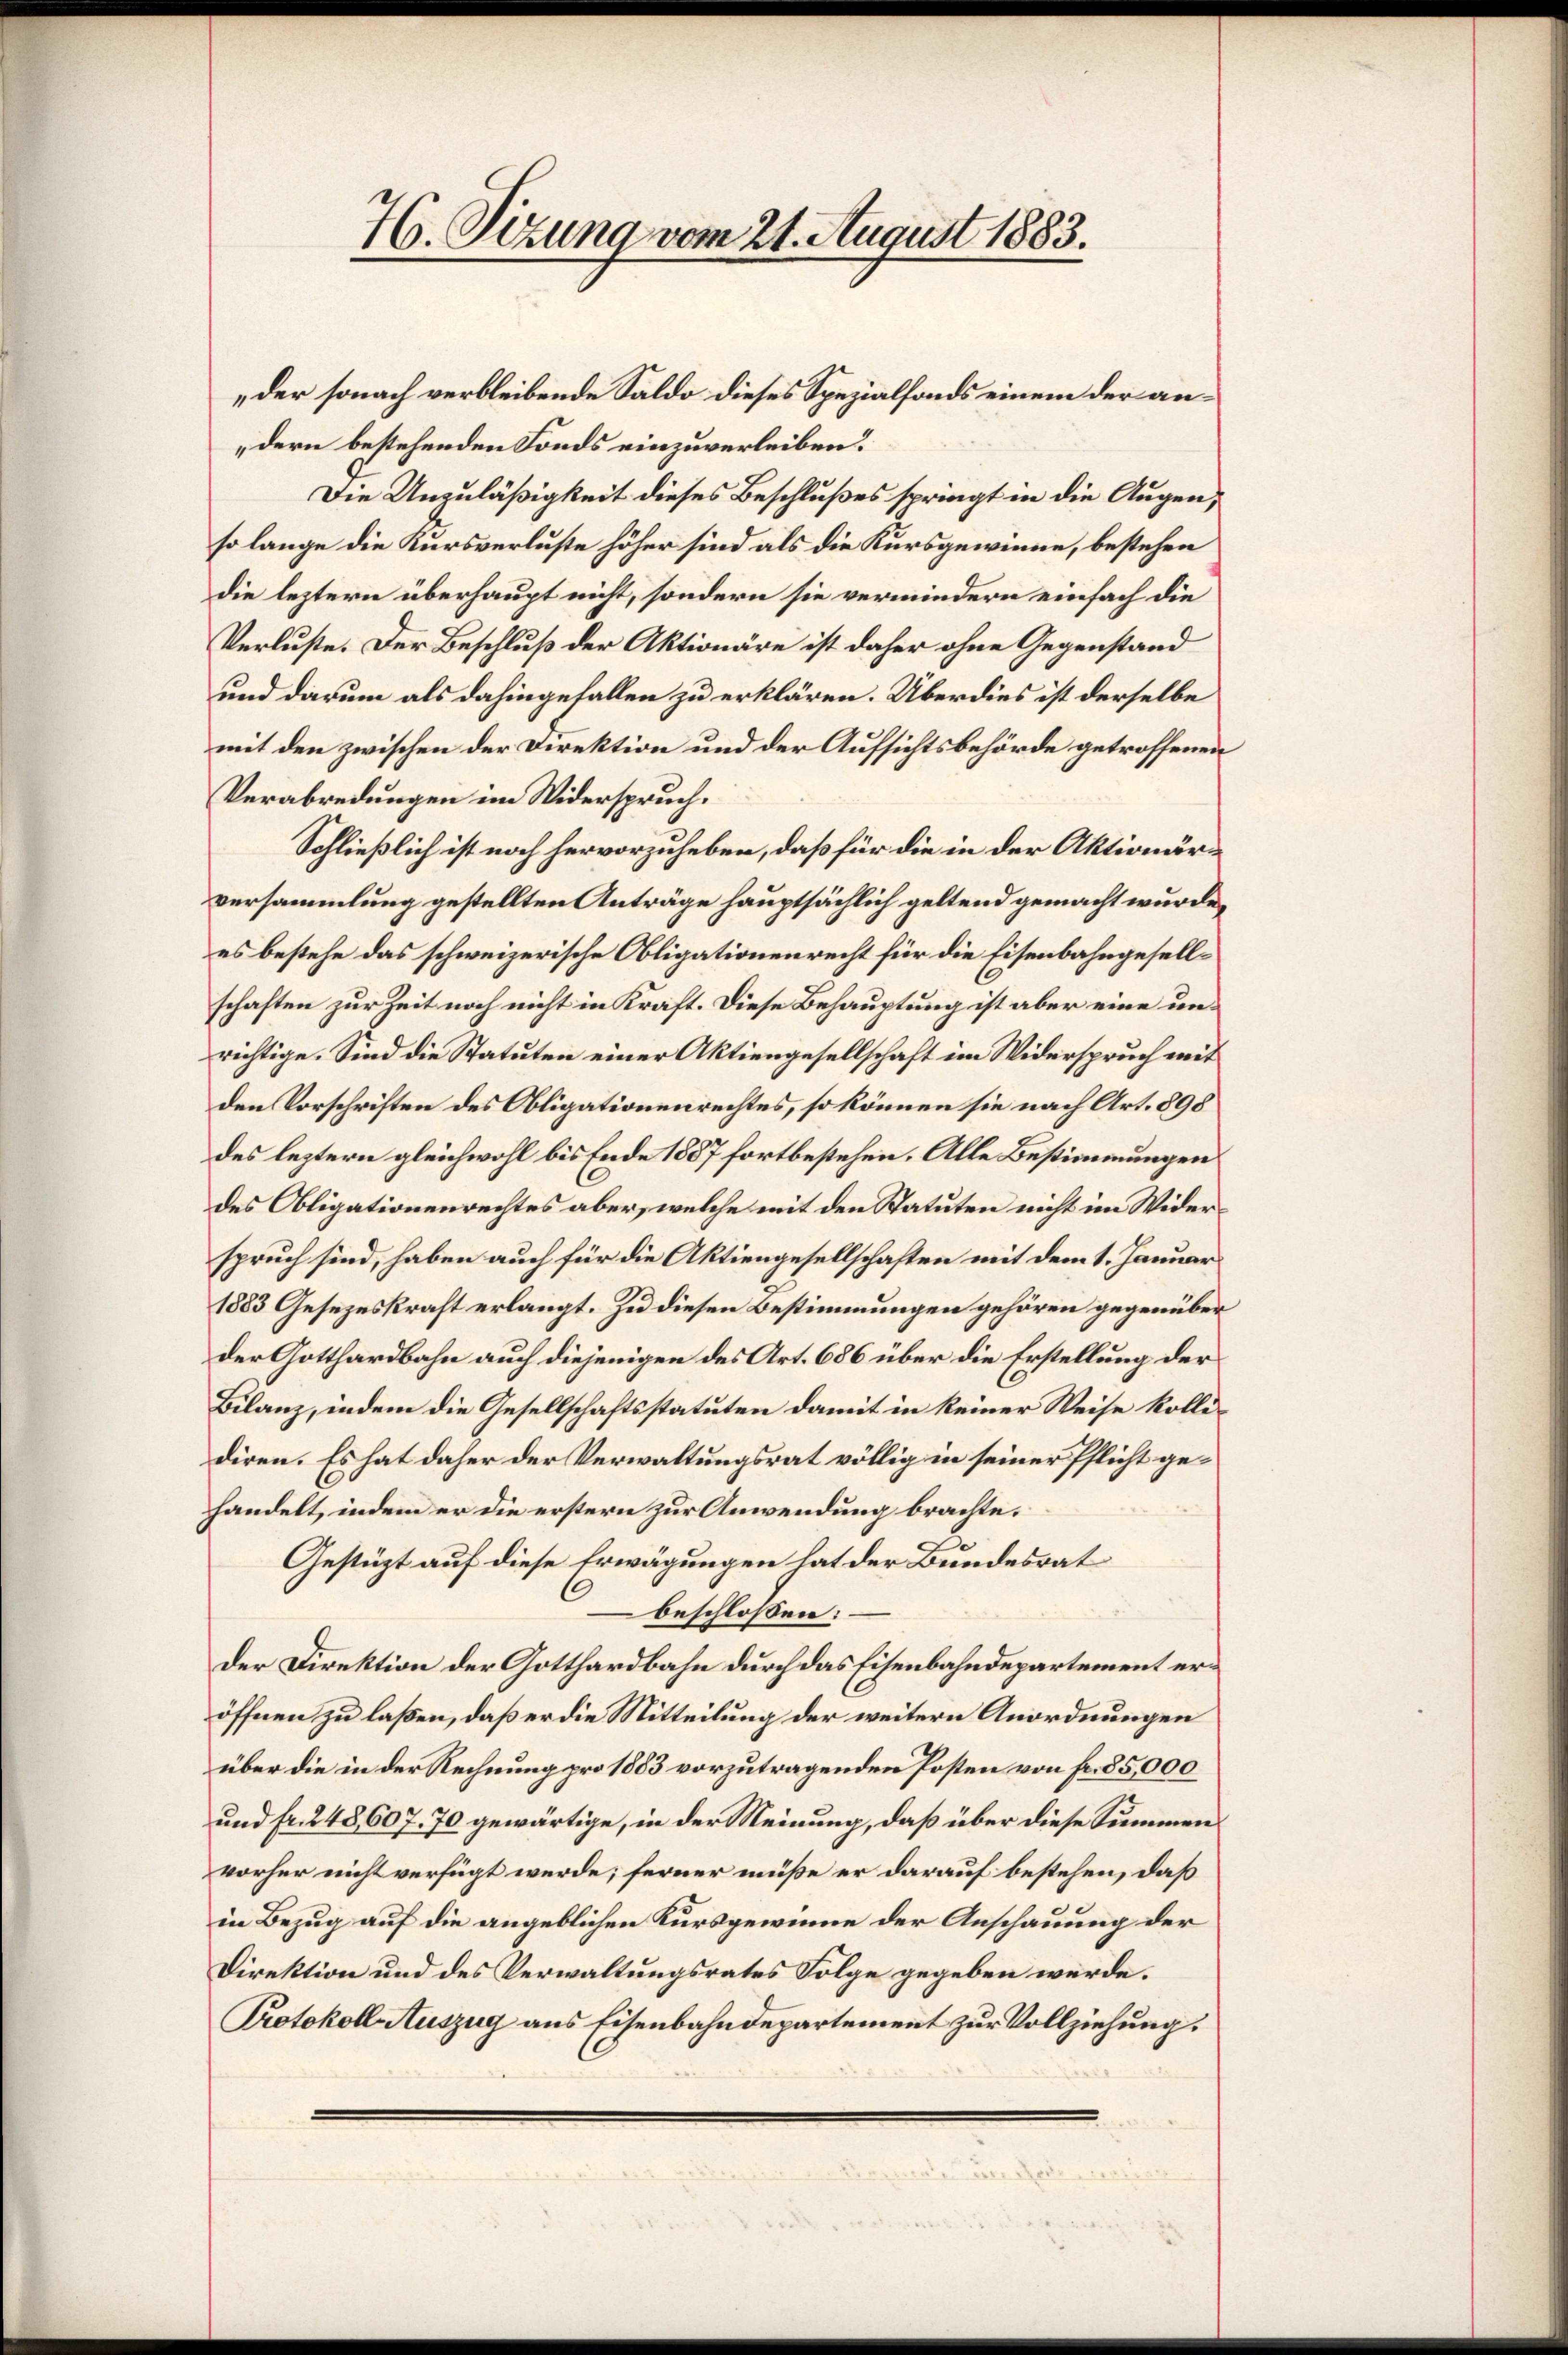
46. Sizung vom 21. August 1883.

„der sonach verbleibende Saldo dieses Spezialfonds einem der andern bestehenden Fonds einzuverleiben?
Die Unzuläßigkeit dieses Beschlußes springt in die Augen,
so lange die Kursverluste höher sind als die Kursgewinne, bestehen
die leztern überhaupt nicht, sondern sie vermindern einfach die
Verluste. Der Beschluß der Aktionäre ist daher ohne Gegenstand
und darum als dahingefallen zu erklären. Über dies ist derselbe
mit den zwischen der Direktion und der Aufsichtsbehörde getroffenen
Verabredungen im Widerspruch.
Schließlich ist noch hervorzuheben, daß für die in der Aktionärversammlung gestellten Anträge hauptsächlich geltend gemacht wurde,
es bestehe das schweizerische Obligationenrecht für die Eisenbahngesellschaften zur Zeit noch nicht in Kraft. Diese Behauptung ist aber eine unrichtige. Sind die Statuten einer Aktiengesellschaft im Widerspruch mit
den Vorschriften des Obligationenrechtes, so können sie nach Art. 898
des leztern gleichwohl bis Ende 1887 fortbestehen. Alle Bestimmungen
des Obligationenrechtes aber, welche mit den Statuten nicht im Widerspruch sind, haben auch für die Aktiengesellschaften mit dem 1. Januar
1883 Gesezeskraft erlangt. Zu diesen Bestimmungen gehören gegenüber
der Gotthardbahn auch diejenigen des Art. 686 über die Erstellung der
Bilanz, indem die Gesellschaftsstatuten damit in keiner Weise kollidiren. Es hat daher der Verwaltungsrat völlig in seiner Pflicht gehandelt, indem er die erstern zur Anwendung brachte.
Gestüzt auf diese Erwägungen hat der Bundesrat
6
beschlossen:
der Direktion der Gotthardbahn durch das Eisenbahndepartement eröffnen zu laßen, daß er die Mitteilung der weitern Anordnungen
über die in der Rechnung pro 1883 vorzutragenden Posten von Fr. 85,000
und fr. 248, 607. 70 gewärtige, in der Meinung, daß über diese Summen
vorher nicht verfügt werde; ferner müße er darauf bestehen, daß
in Bezug auf die angeblichen Kursgewinne der Anschauung der
Direktion und des Verwaltungsrates Folge gegeben werde.
Protokoll Auszug aus Eisenbahndepartement zur Vollziehung.